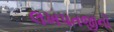
લખપતજીનો